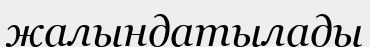
жалындатылады